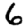
Digit: 6